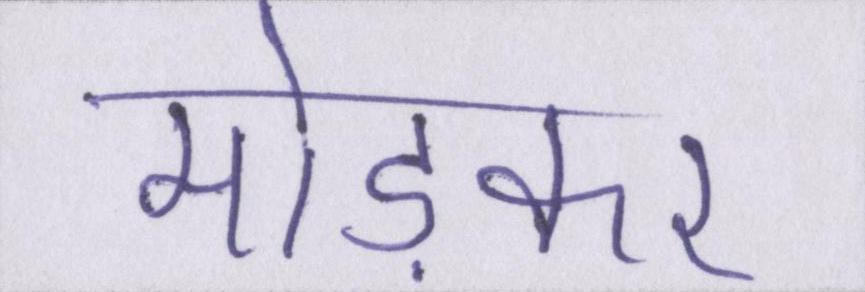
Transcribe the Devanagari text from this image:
मोड़कर